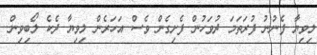
ލިވިޔާ ފެނުނު ފުރަތަމަ ދުވަހުން ފެށިގެން ވެސް އަހަރެން ލިވިޔާ ދެކެ ލޯބިވިން..